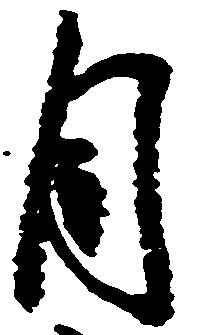
目